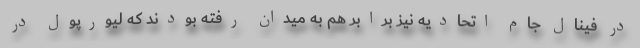
در فینال جام اتحادیه نیز برابر هم به میدان رفته بودند که لیورپول در